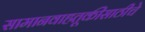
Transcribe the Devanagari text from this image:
सामानवाहतूकीसाठीचे